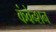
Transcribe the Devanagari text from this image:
कंवेन्शन